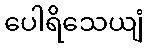
ပေါရိသေယျံ